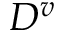
D ^ { v }